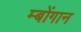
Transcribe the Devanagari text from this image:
म्बोंगान